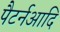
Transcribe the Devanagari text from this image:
पैटर्नआदि